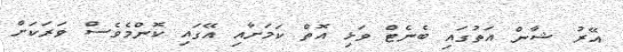
އޭރު ޝާން އަތުގައި ބެނެޓް ވަޅި އޮތް ކަމަށާއި އޭގައި ކޮންމެވެސް ވަރަކަށް